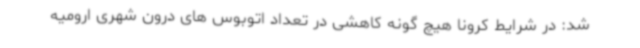
شد: در شرایط کرونا هیچ گونه کاهشی در تعداد اتوبوس های درون شهری ارومیه